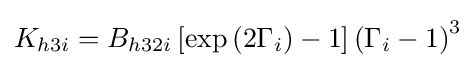
K_{h3i}=B_{h32i}\left[\exp \left(2\Gamma _{i}\right)-1\right]\left(\Gamma _{i}-1\right)^{3}